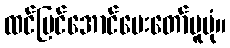
ထင်မြင်အောင်မေးတော်မူပုံ။